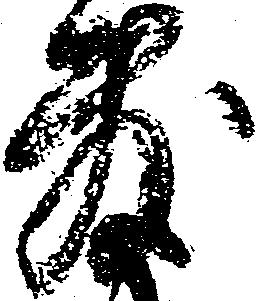
敷